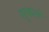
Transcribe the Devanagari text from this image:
सुकले